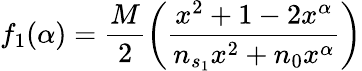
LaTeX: f_{1}(\alpha)=\frac{M}{2}\left(\frac{x^{2}+1-2x^{\alpha}}{n_{s_{1}}x^{2}+n_{0}x^{\alpha}}\right)